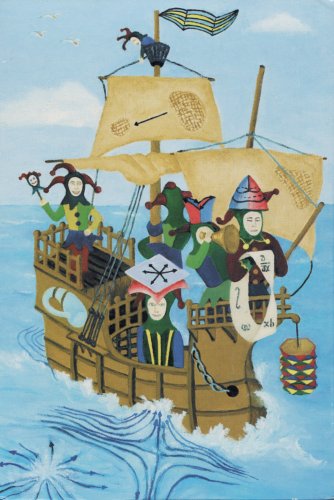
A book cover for A Comprehensive Introduction to Differential Geometry, Vol. 1, 3rd Edition; Michael Spivak; Science & Math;